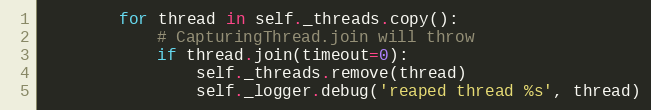
Language: Python
        for thread in self._threads.copy():
            # CapturingThread.join will throw
            if thread.join(timeout=0):
                self._threads.remove(thread)
                self._logger.debug('reaped thread %s', thread)